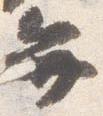
弁